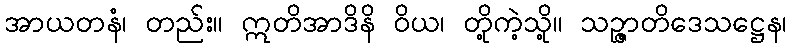
အာယတနံ၊ တည်း။ ဣတိအာဒိနိ ဝိယ၊ တို့ကဲ့သို့။ သဉ္ဇာတိဒေသဋ္ဌေန၊